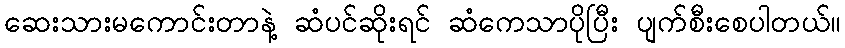
ဆေးသားမကောင်းတာနဲ့ ဆံပင်ဆိုးရင် ဆံကေသာပိုပြီး ပျက်စီးစေပါတယ်။